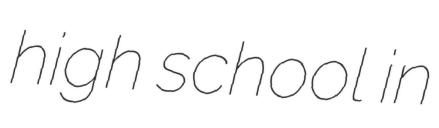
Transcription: high school in